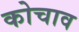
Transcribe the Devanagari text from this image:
कोचाव